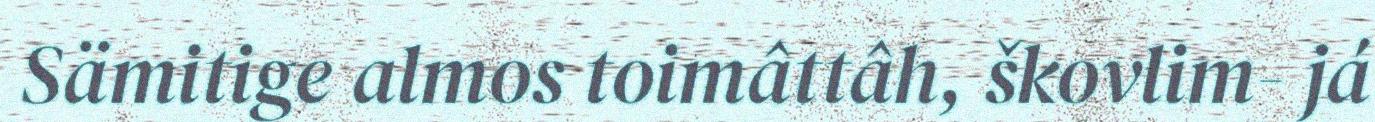
Sämitige almos toimâttâh, škovlim- já